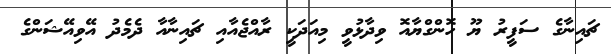
ޗައިނާގެ ސަފީރު ޔޫ ހޮންގްޔާއޮ ވިދާޅުވީ މިއަދަކީ ރާއްޖެއާއި ޗައިނާއާ ދެމެދު އޭވިއޭޝަންގެ